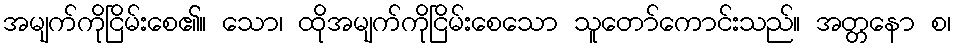
အမျက်ကိုငြိမ်းစေ၏။ သော၊ ထိုအမျက်ကိုငြိမ်းစေသော သူတော်ကောင်းသည်။ အတ္တနော စ၊